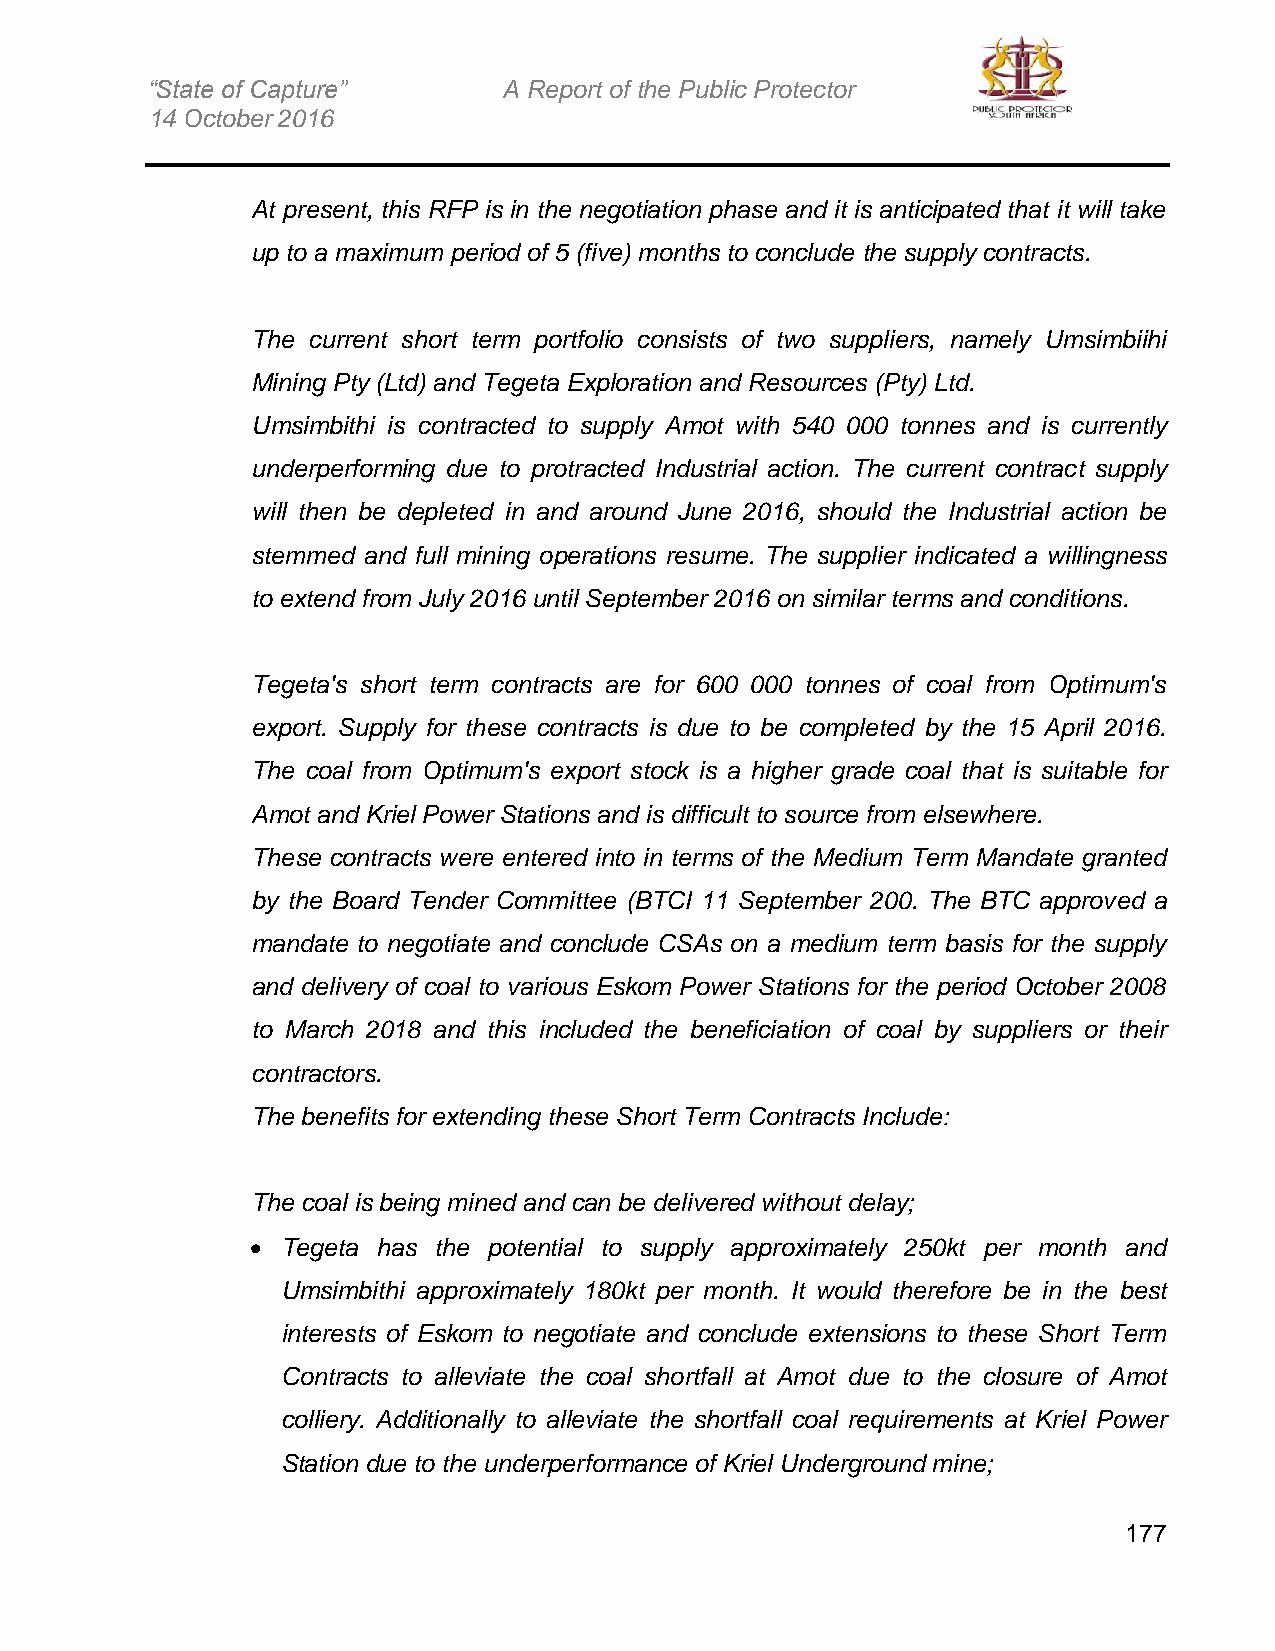
“State of Capture”     A Report of the Public Protector
 14 October 2016
 At present, this RFP is in the negotiation phase and it is anticipated that it will take
 up to a maximum period of 5 (five) months to conclude the supply contracts.
 The current short term portfolio consists of two suppliers, namely Umsimbiihi
 Mining Pty (Ltd) and Tegeta Exploration and Resources (Pty) Ltd.
 Umsimbithi is contracted to supply Amot with 540 000 tonnes and is currently
 underperforming due to protracted Industrial action. The current contract supply
 will then be depleted in and around June 2016, should the Industrial action be
 stemmed and full mining operations resume. The supplier indicated a willingness
 to extend from July 2016 until September 2016 on similar terms and conditions.
 Tegeta's short term contracts are for 600 000 tonnes of coal from Optimum's
 export. Supply for these contracts is due to be completed by the 15 April 2016.
 The coal from Optimum's export stock is a higher grade coal that is suitable for
 Amot and Kriel Power Stations and is difficult to source from elsewhere.
 These contracts were entered into in terms of the Medium Term Mandate granted
 by the Board Tender Committee (BTCI 11 September 200. The BTC approved a
 mandate to negotiate and conclude CSAs on a medium term basis for the supply
 and delivery of coal to various Eskom Power Stations for the period October 2008
 to March 2018 and this included the beneficiation of coal by suppliers or their
 contractors.
 The benefits for extending these Short Term Contracts Include:
 The coal is being mined and can be delivered without delay;
  Tegeta has the potential to supply approximately 250kt per month and
 Umsimbithi approximately 180kt per month. It would therefore be in the best
 interests of Eskom to negotiate and conclude extensions to these Short Term
 Contracts to alleviate the coal shortfall at Amot due to the closure of Amot
 colliery. Additionally to alleviate the shortfall coal requirements at Kriel Power
 Station due to the underperformance of Kriel Underground mine;
 177